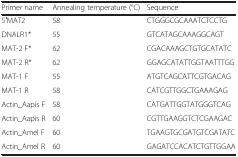
<table><thead><tr><td><b>Primer name</b></td><td><b>Annealing temperature (°C)</b></td><td><b>Sequence</b></td></tr></thead><tbody><tr><td>5′MAT2</td><td>58</td><td>CTGGGCGCAAATCTCCTG</td></tr><tr><td>DNALR1*</td><td>55</td><td>GTCATAGCAAAGGCAGT</td></tr><tr><td>MAT-2 F*</td><td>62</td><td>CGACAAAGCTGTGCATATC</td></tr><tr><td>MAT-2 R*</td><td>62</td><td>GGAGCATATTGGTAATTTGG</td></tr><tr><td>MAT-1 F</td><td>55</td><td>ATGTCAGCATTCGTGACAG</td></tr><tr><td>MAT-1 R</td><td>58</td><td>CATCGTTGGCTGAAAGAG</td></tr><tr><td>Actin_Aapis F</td><td>58</td><td>CATGATTGGTATGGGTCAG</td></tr><tr><td>Actin_Aapis R</td><td>60</td><td>CGTTGAAGGTCTCGAAGAC</td></tr><tr><td>Actin_Amel F</td><td>60</td><td>TGAAGTGCGATGTCGATATC</td></tr><tr><td>Actin_Amel R</td><td>60</td><td>GAGATCCACATCTGTTGGAA</td></tr></tbody></table>